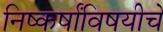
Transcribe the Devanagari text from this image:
निष्कर्षांविषयीचे